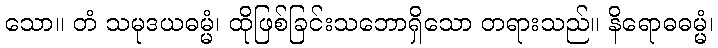
သော။ တံ သမုဒယဓမ္မံ၊ ထိုဖြစ်ခြင်းသဘောရှိသော တရားသည်။ နိရောဓဓမ္မံ၊